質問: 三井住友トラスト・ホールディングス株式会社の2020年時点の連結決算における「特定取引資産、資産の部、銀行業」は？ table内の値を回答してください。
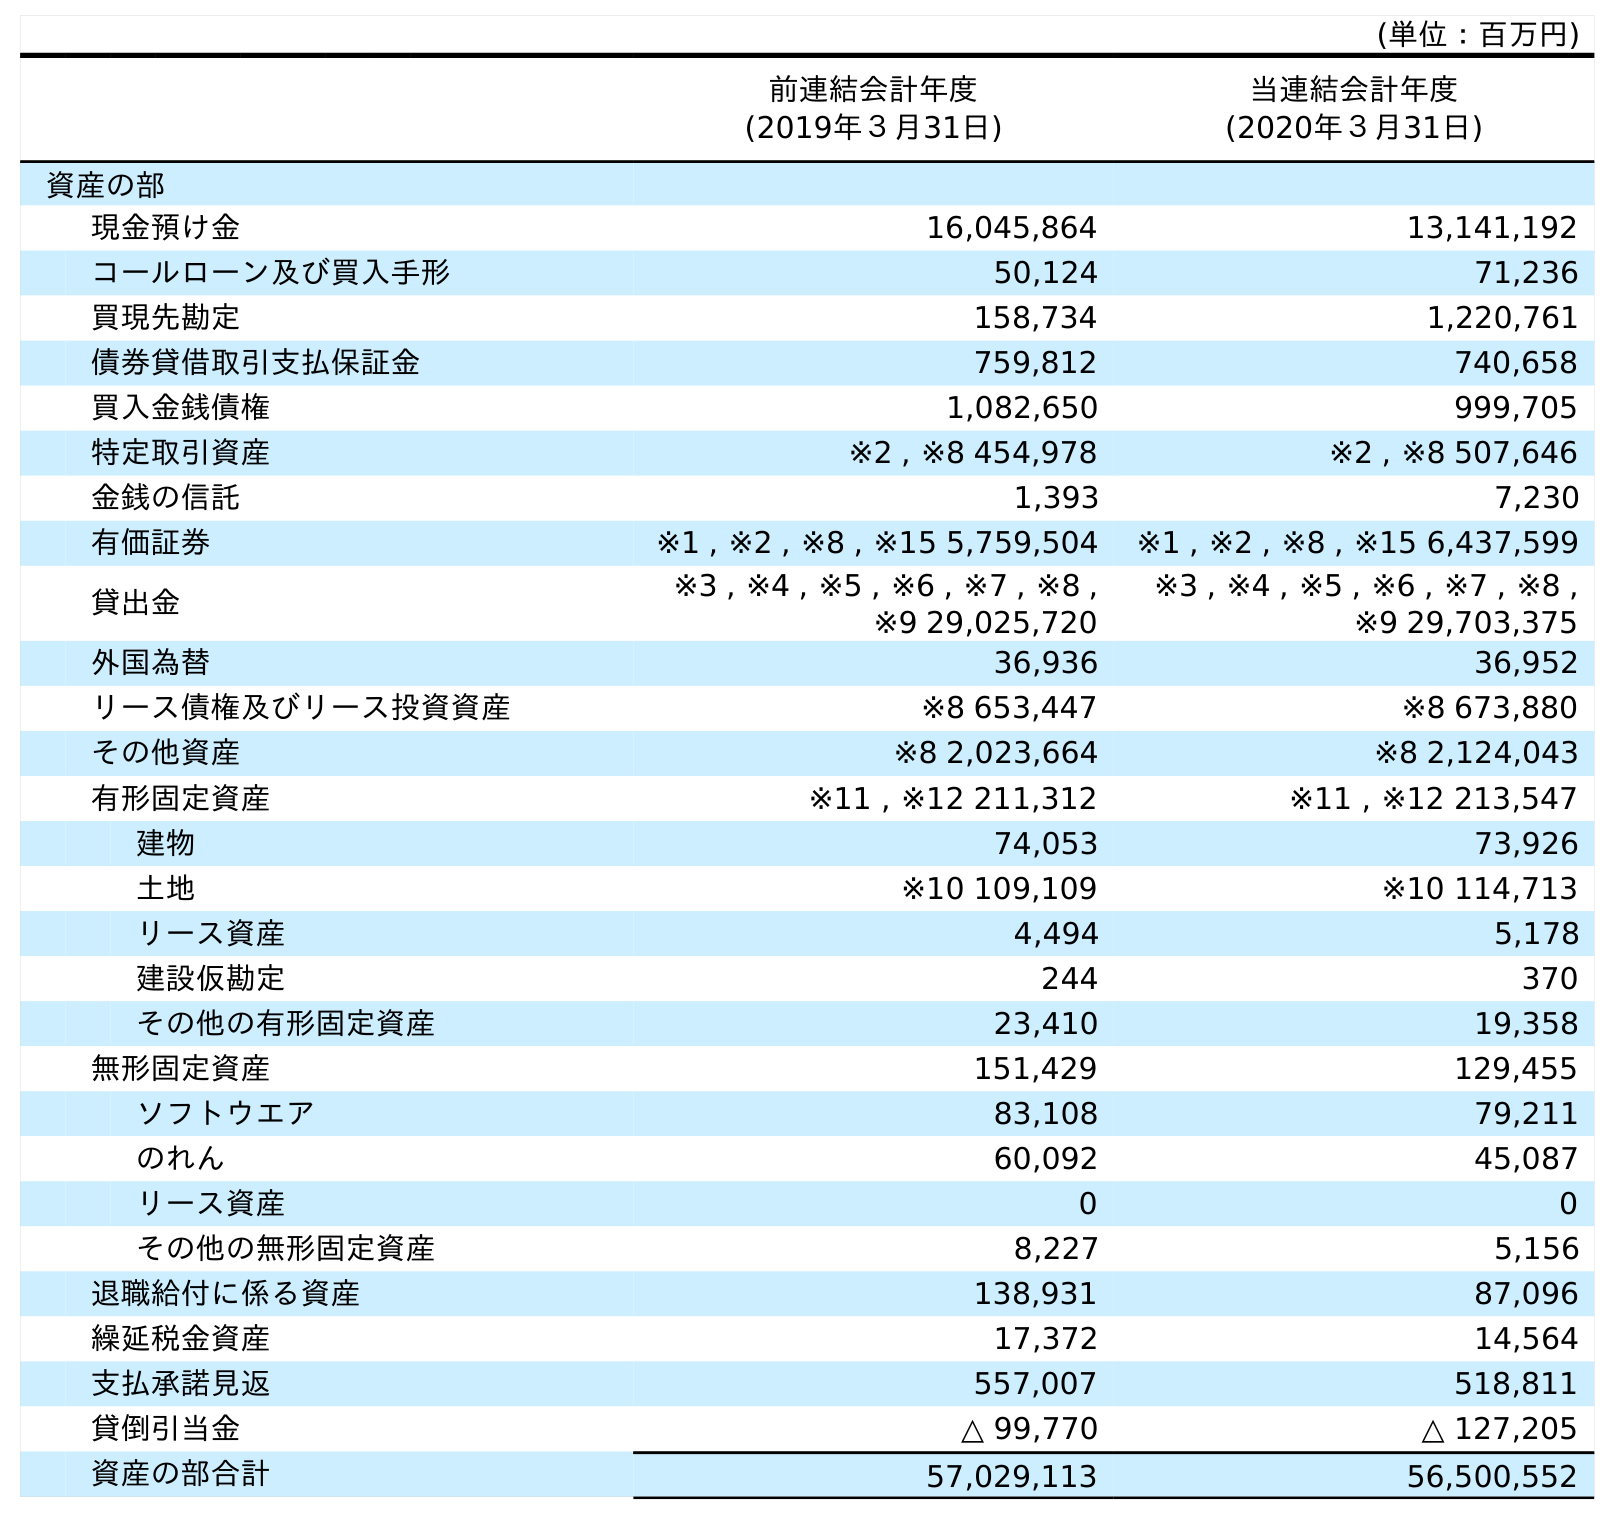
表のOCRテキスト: (単位：百万円) 前連結会計年度 (2019年３月31日) 当連結会計年度 (2020年３月31日) 資産の部 現金預け金 16,045,864 13,141,192 コールローン及び買入手形 50,124 71,236 買現先勘定 158,734 1,220,761 債券貸借取引支払保証金 759,812 740,658 買入金銭債権 1,082,650 999,705 特定取引資産 ※2 , ※8 454,978 ※2 , ※8 507,646 金銭の信託 1,393 7,230 有価証券 ※1 , ※2 , ※8 , ※15 5,759,504 ※1 , ※2 , ※8 , ※15 6,437,599 貸出金 ※3 , ※4 , ※5 , ※6 , ※7 , ※8 , ※9 29,025,720 ※3 , ※4 , ※5 , ※6 , ※7 , ※8 , ※9 29,703,375 外国為替 36,936 36,952 リース債権及びリース投資資産 ※8 653,447 ※8 673,880 その他資産 ※8 2,023,664 ※8 2,124,043 有形固定資産 ※11 , ※12 211,312 ※11 , ※12 213,547 建物 74,053 73,926 土地 ※10 109,109 ※10 114,713 リース資産 4,494 5,178 建設仮勘定 244 370 その他の有形固定資産 23,410 19,358 無形固定資産 151,429 129,455 ソフトウエア 83,108 79,211 のれん 60,092 45,087 リース資産 0 0 その他の無形固定資産 8,227 5,156 退職給付に係る資産 138,931 87,096 繰延税金資産 17,372 14,564 支払承諾見返 557,007 518,811 貸倒引当金 △ 99,770 △ 127,205 資産の部合計 57,029,113 56,500,552
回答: ※2,※8507,646